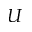
U